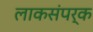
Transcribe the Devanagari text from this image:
लाकसंपर्क